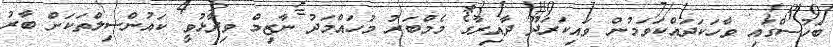
ބަހުސްގައި ވާހަކަދައްކަވަމުން ވައިކަރަދޫ ދާއިރާގެ މެމްބަރު މުހައްމަދު ނާޒިމް ވިދާޅުވީ ކައުންސިލްތަކަށް ބާރު